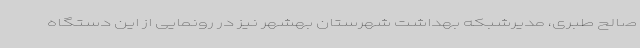
صالح طبری، مدیرشبکه بهداشت شهرستان بهشهر نیز در رونمایی از این دستگاه